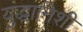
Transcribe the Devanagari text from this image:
युद्धानिशी